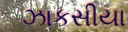
ઝાકસીયા